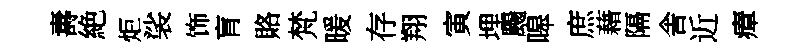
夀絶炬裟饰肓賂梵暖存翔寅埋颺嗥庶藉隔舎近瘴